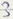
Text: 3